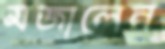
মজালেন